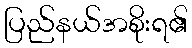
ပြည်နယ်အစိုးရ၏